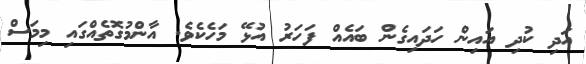
އަދި ކުދި އައިން ހަދައިގެން ބައެއް ފަހަރު އުޅޭ މަހެކެވެ. އާންމުގޮތެއްގައި މިމަސް